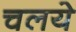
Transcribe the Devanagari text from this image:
चलये